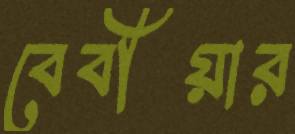
বেবীয়ার